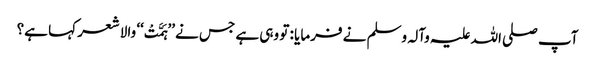
آپ صلی اللہ علیہ وآلہ وسلم نے فرمایا : تو وہی ہے جس نے ’’ہَمَّتْ‘‘ والا شعر کہا ہے؟